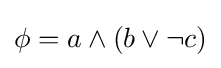
\phi =a\land (b\lor \neg c)